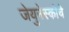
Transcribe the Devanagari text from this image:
जेयुनेस्कोचे